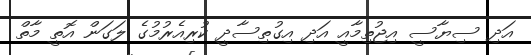
އަދި ސިޔާސީ އިޖުތިމާއީ އަދި އިގުތިސާދީ ކުރިއެރުމުގެ ލަގަން އޮތީ މާތް